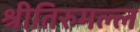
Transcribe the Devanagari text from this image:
श्रीतिरुमल्ल